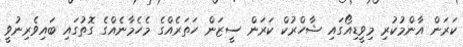
ކަރަން އާންމުކުރި މިވީޑިއޯގައި ޝާހްރުކް ކަރަން ސީޒަން ހަތަރެއްގެ މެހެމާނެއްގެ ގޮތުގައި ބައިވެރިނުވީ